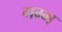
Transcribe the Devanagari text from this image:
गम्भ